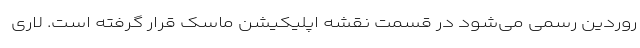
روردین رسمی می‌شود در قسمت نقشه اپلیکیشن ماسک قرار گرفته است. لاری